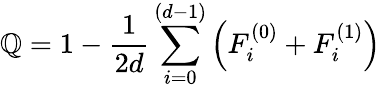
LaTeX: \mathbb{Q}=1-\frac{{1}}{{2d}}\sum_{i=0}^{(d-1)}\left(F_{i}^{(0)}+F_{i}^{(1)}\right)